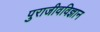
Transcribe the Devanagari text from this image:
पुराजीवविज्ञान